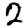
Digit: 2